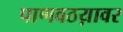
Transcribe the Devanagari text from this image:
पाणवठय़ावर